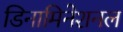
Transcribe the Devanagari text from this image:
डिनामिनेशनल